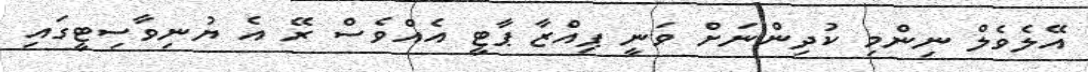
އޭލެވެލް ނިންމި ކުދިންނަށް ވަނީ ޕިއްޒާ ޕާޓީ އެއްވެސް ރޭ އެ ޔުނިވާސިޓީގައި